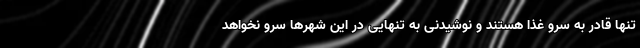
تنها قادر به سرو غذا هستند و نوشیدنی به تنهایی در این شهرها سرو نخواهد